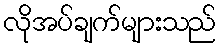
လိုအပ်ချက်များသည်